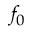
f _ { 0 }